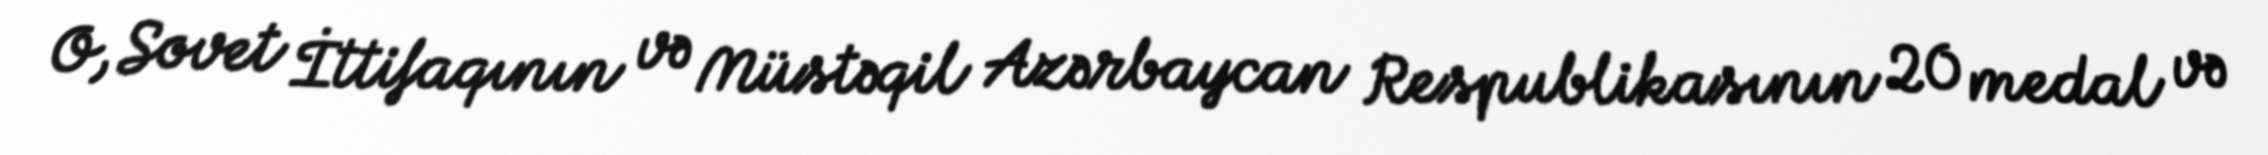
O, Sovet İttifaqının və Müstəqil Azərbaycan Respublikasının 20 medal və